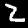
Label: 2